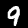
Digit: 9